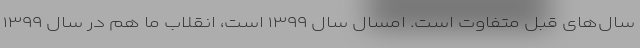
سال‌های قبل متفاوت است. امسال سال ۱۳۹۹ است، انقلاب ما هم در سال ۱۳۹۹